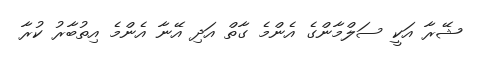
ޝޭރާ އަކީ ސަލްމާންގެ އެންމެ ގާތް އަދި އޭނާ އެންމެ އިތުބާރު ކުރާ